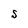
Character: S